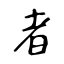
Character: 者